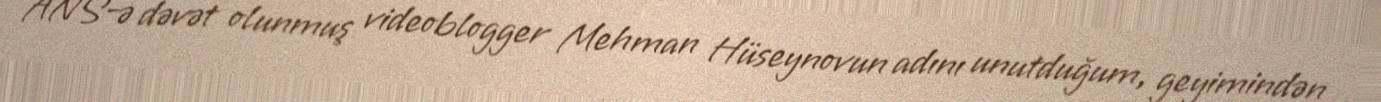
ANS-ə dəvət olunmuş videoblogger Mehman Hüseynovun adını unutduğum, geyimindən